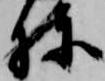
棟